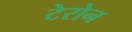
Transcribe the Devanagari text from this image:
टेरोन